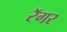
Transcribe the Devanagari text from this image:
रॅगर